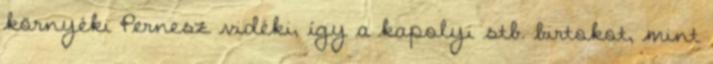
környéki Pernesz vidéki, így a kapolyi stb. birtokot, mint